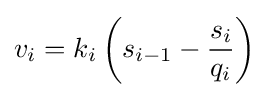
v_{i}=k_{i}\left(s_{i-1}-{\frac {s_{i}}{q_{i}}}\right)